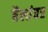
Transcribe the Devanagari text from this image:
बैलांवर